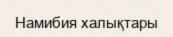
Намибия халықтары